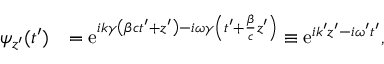
\begin{array} { r l } { \psi _ { z ^ { \prime } } ( t ^ { \prime } ) } & { = \mathrm { e } ^ { i k \gamma \left( \beta c t ^ { \prime } + z ^ { \prime } \right) - i \omega \gamma \left( t ^ { \prime } + \frac { \beta } { c } z ^ { \prime } \right) } \equiv \mathrm { e } ^ { i k ^ { \prime } z ^ { \prime } - i \omega ^ { \prime } t ^ { \prime } } , } \end{array}